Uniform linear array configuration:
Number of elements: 24
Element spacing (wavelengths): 0.25
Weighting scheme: hamming
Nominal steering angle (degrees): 60
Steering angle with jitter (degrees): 61.023
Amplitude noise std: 0.05
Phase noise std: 0.05

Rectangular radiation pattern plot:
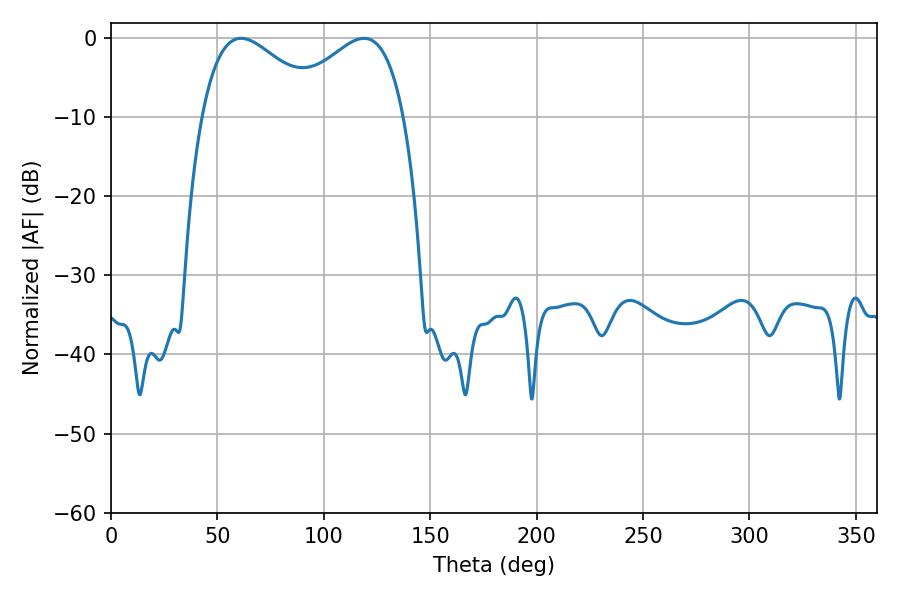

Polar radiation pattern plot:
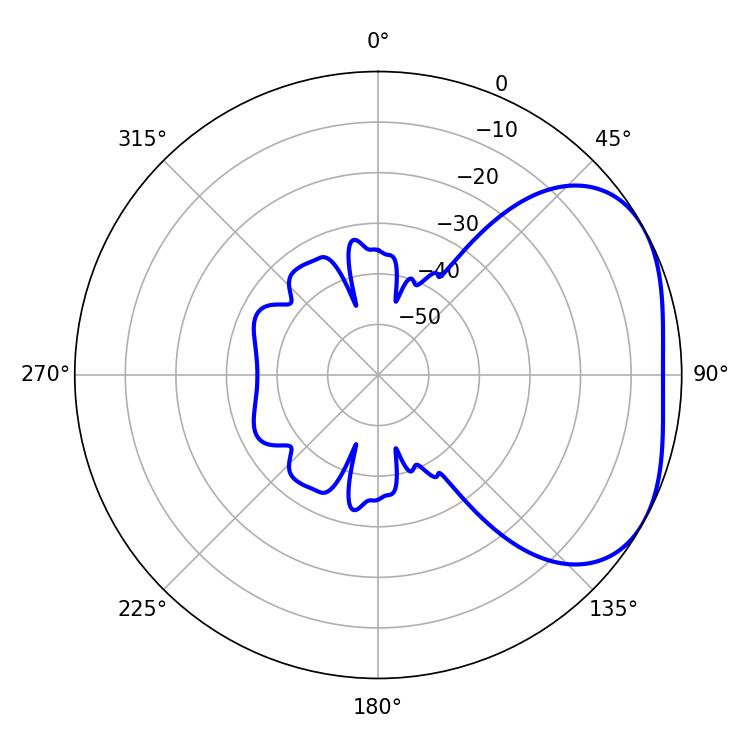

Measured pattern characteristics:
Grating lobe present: FALSE
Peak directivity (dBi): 3.185
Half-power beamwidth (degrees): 31.14
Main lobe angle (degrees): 61.2